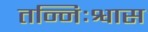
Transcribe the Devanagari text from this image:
तन्निःश्वास